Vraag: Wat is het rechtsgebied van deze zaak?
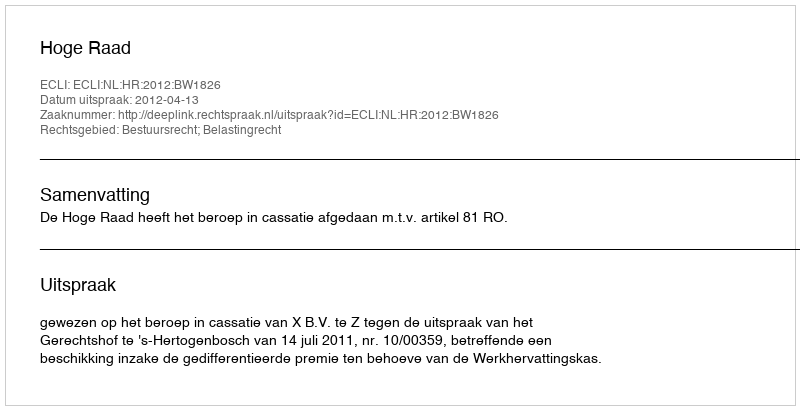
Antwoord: Bestuursrecht; Belastingrecht